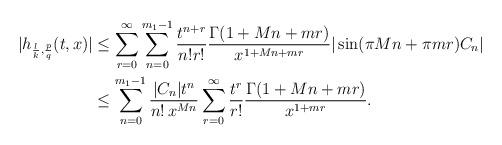
LaTeX: \begin{align*}|h_{\frac{l}{k}, \frac{p}{q}}(t, x)| &\leq \sum_{r=0}^{\infty}\sum_{n=0}^{m_{1}-1} \frac{t^{n+r}}{n! r!} \frac{\Gamma(1 + Mn + mr)}{x^{1+Mn + mr}} |\sin(\pi M n + \pi m r) C_{n}| \\& \leq \sum_{n=0}^{m_{1}-1} \frac{|C_{n}| t^{n}}{n!\, x^{M n}} \sum_{r=0}^{\infty} \frac{t^{r}}{r!} \frac{\Gamma(1 + M n + m r)}{x^{1 + mr}}.\end{align*}